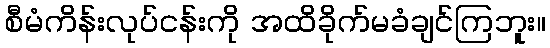
စီမံကိန်းလုပ်ငန်းကို အထိခိုက်မခံချင်ကြဘူး။